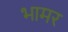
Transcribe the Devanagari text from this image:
भामर